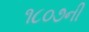
૧૮૦૭ની